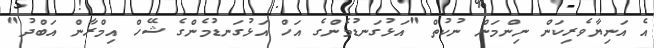
އެ އަނިޔާވެރިކަން ނިންމަން ނުކުތް "އަޅުގަނޑުމެންގެ އަހް އަޅުގަނޑުމެންގެ ޝޭހް އިމްރާން އަބްދު"